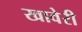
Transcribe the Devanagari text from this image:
खावेरी